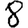
Digit: 8